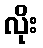
လိုး